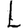
Digit: 1